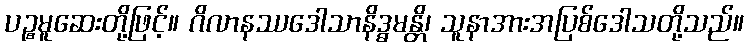
ပဉ္စမူဆေးတို့ဖြင့်။ ဂိလာနဿဒေါသာနိဒ္ဓမန္တိ၊ သူနာအားအပြစ်ဒေါသတို့သည်။